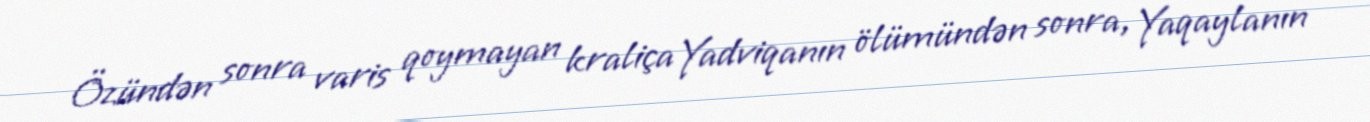
Özündən sonra varis qoymayan kraliça Yadviqanın ölümündən sonra, Yaqaylanın